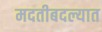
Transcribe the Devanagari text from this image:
मदतीबदल्यात